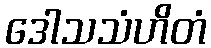
ဒေါသသံဟိတံ